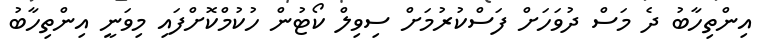
އިންތިހާބު ދެ މަސް ދުވަހަށް ފަސްކުރުމަށް ސިވިލް ކޯޓުން ހުކުމްކޮށްފައި މިވަނީ އިންތިހާބު